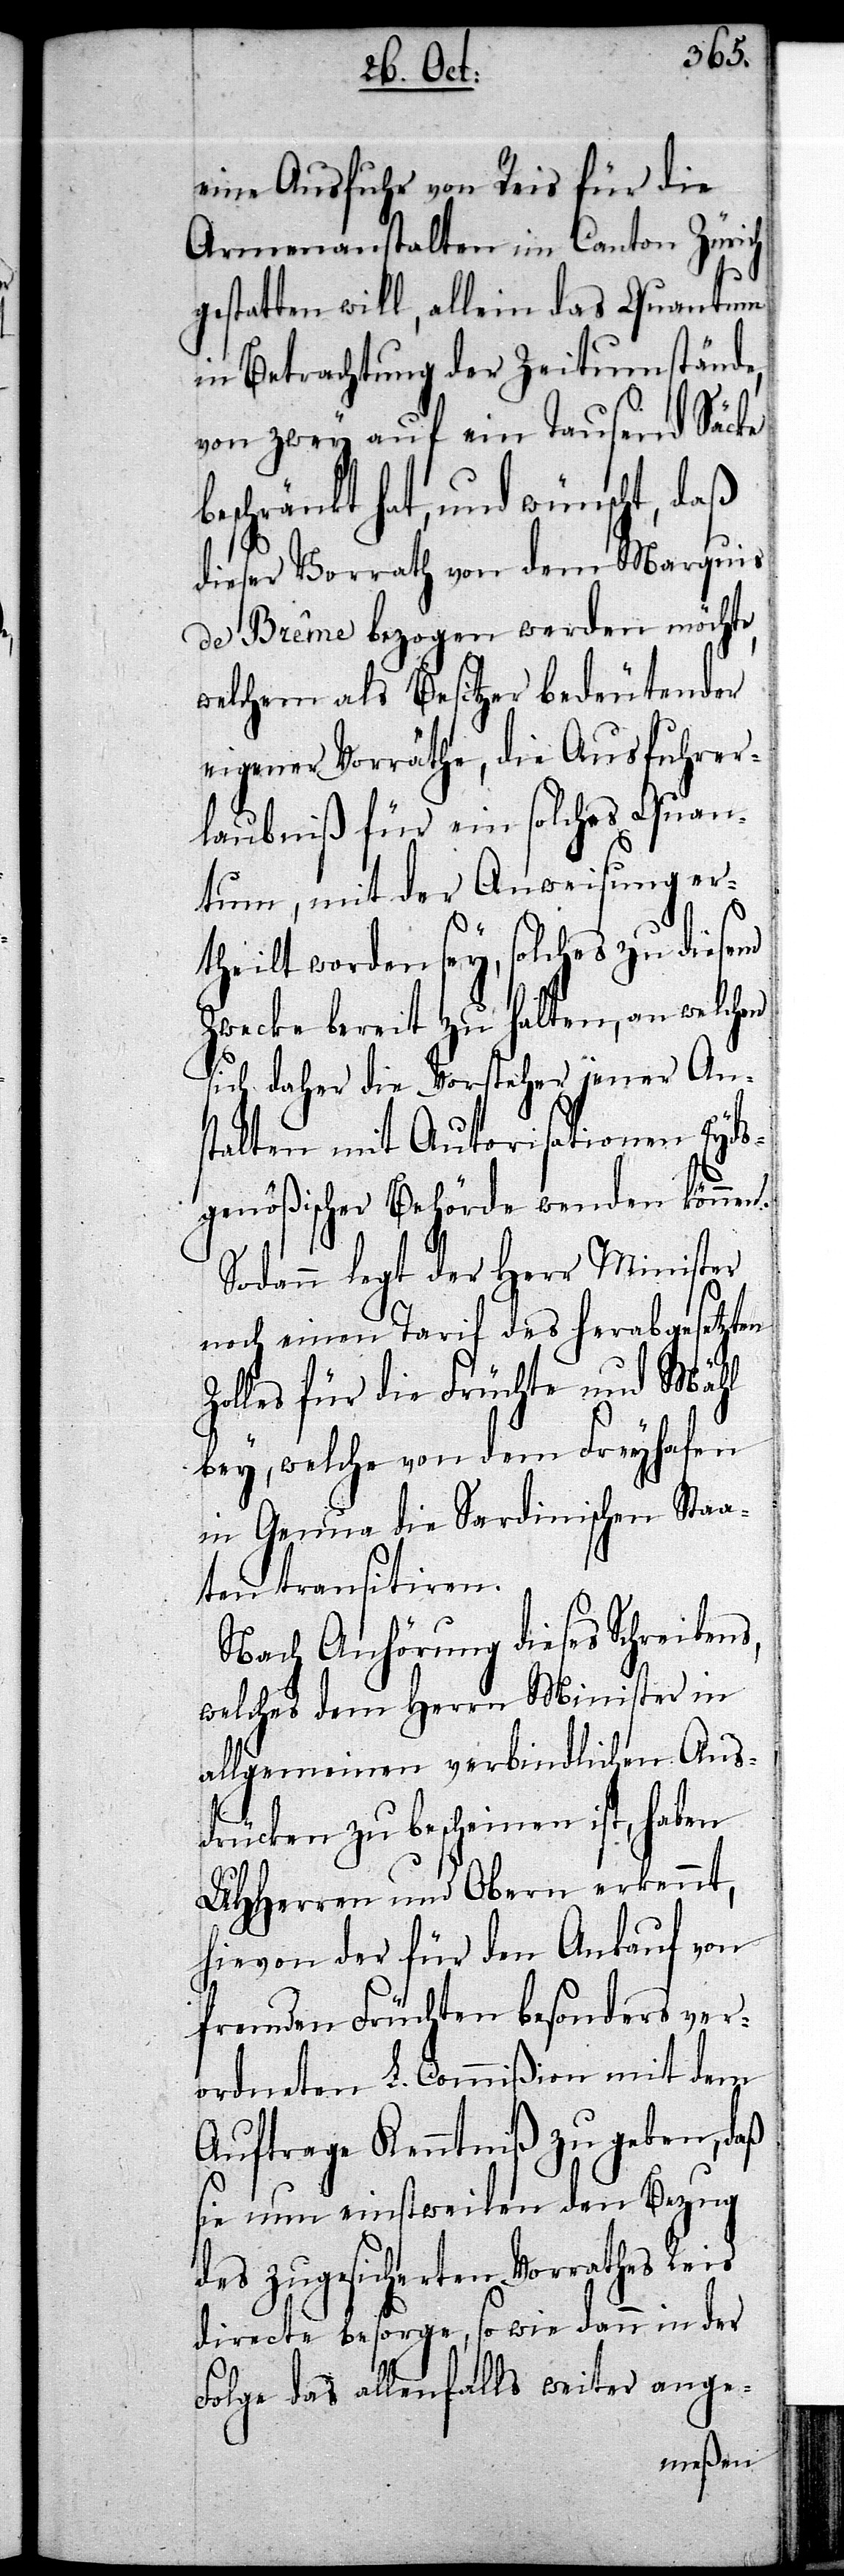
eine Ausfuhr von Reis für die
Armenanstalten im Canton Zürich
gestatten will, allein das Quantum
in Betrachtung der Zeitumstände,
von zwey auf ein Tausend Säcke
eschränkt hat, und wünscht, daß
dieser Vorrath von dem Marquis
de Brême bezogen werden möchte,
welchem als Besitzer bedeutender
eigener Vorräthe, die Ausfuhrer¬
laubniß für ein solches Quan¬
tum, mit der Anweisung er¬
theilt worden sey, solches zu diesem
Zwecke bereit zu halten, an welchen
sich daher die Vorsteher jener An¬
stalten mit Autorisationen Eyds¬
genößischer Behörde wenden können.
Sodann legt der Herr Minister
noch einen Tarif des herabgesetzten
Zolles für die Früchte und Mähl
bey, welche von dem Freyhafen
in Genua die Sardinischen Staa¬
ten transitiren.
Nach Anhörung dies Schreibens,
welches dem Herrn Minister in
allgemeinen verbindlichen Aus¬
b¬
drücken zu bescheinen ist, haben
UHHerren und Obern erkennt,
hievon der für den Ankauf von
fremden Früchten besonders ver¬
ordneten L. Commißion mit dem
Auftrage Kenntniß zu geben, daß
sie nun einstweilen den Bezug
des zugesicherten Vorrathes Reis
directe besorge, so wie dann in der
Folge das allenfalls weiter ange-